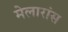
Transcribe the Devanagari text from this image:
मेलारांस